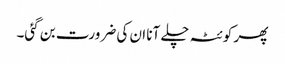
پھر کوئٹہ چلے آنا ان کی ضرورت بن گئی۔